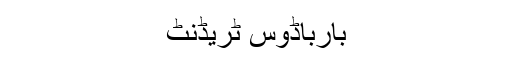
بارباڈوس ٹریڈنٹ